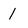
Character: 1